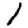
Digit: 1